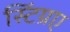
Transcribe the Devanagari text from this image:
स्टिंग्रए